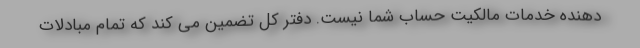
دهنده خدمات مالکیت حساب شما نیست. دفتر کل تضمین می کند که تمام مبادلات